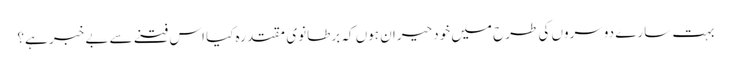
بہت سارے دوسروں کی طرح میں خود حیران ہوں کہ برطانوی مقتدرہ کیا اس فتنے سے بے خبر ہے؟